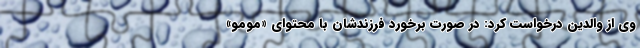
وی از والدین درخواست کرد: در صورت برخورد فرزندشان با محتوای «مومو»